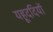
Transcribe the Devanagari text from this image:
यहूददियों